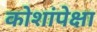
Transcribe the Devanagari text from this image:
कोशांपेक्षा